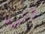
أنثوية